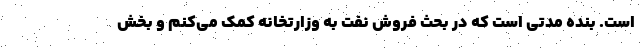
است. بنده مدتی است که در بحث فروش نفت به وزارتخانه کمک می‌کنم و بخش